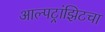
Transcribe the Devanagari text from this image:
आल्पट्रांझिटचा